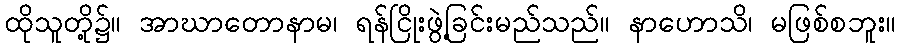
ထိုသူတို့၌။ အာဃာတောနာမ၊ ရန်ငြိုးဖွဲ့ခြင်းမည်သည်။ နာဟောသိ၊ မဖြစ်စဘူး။